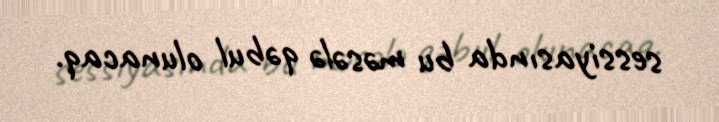
sessiyasında bu məsələ qəbul olunacaq.